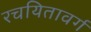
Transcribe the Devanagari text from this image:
रचयितावर्ग